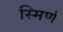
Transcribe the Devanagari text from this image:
स्मिर्ण